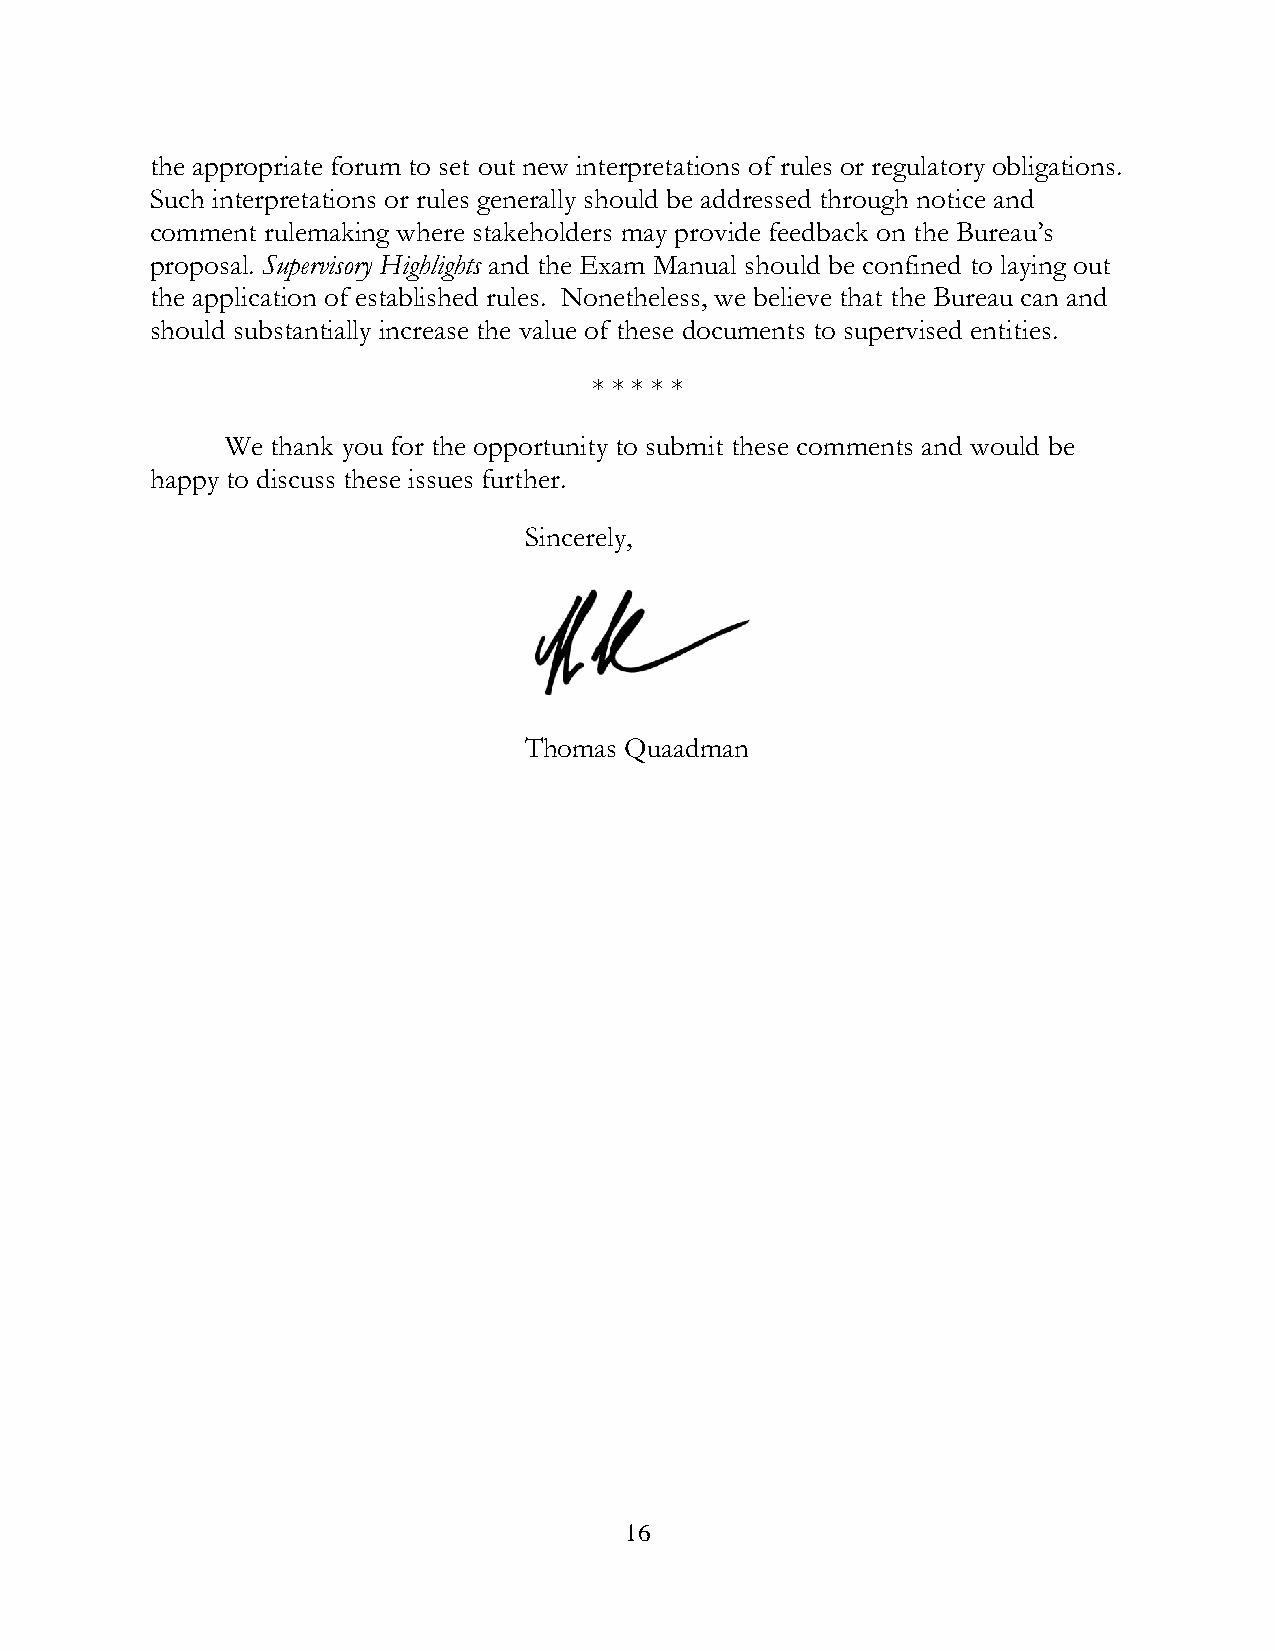
the appropriate forum to set out new interpretations of rules or regulatory obligations.
 Such interpretations or rules generally should be addressed through notice and
 comment rulemaking where stakeholders may provide feedback on the Bureau’s
 proposal. Supervisory Highlights and the Exam Manual should be confined to laying out
 the application of established rules. Nonetheless, we believe that the Bureau can and
 should substantially increase the value of these documents to supervised entities.
 * * * * *
 We thank you for the opportunity to submit these comments and would be
 happy to discuss these issues further.
 Sincerely,
 Thomas Quaadman
 16